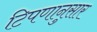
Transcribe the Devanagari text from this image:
टिपणानुसार